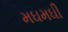
મઘમઘી